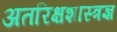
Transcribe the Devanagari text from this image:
अतरिक्षशास्त्रज्ञ